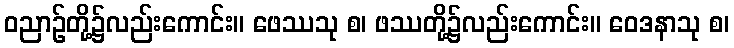
ဝညာဉ်တို့၌လည်းကောင်း။ ဖေဿသု စ၊ ဖဿတို့၌လည်းကောင်း။ ဝေဒနာသု စ၊